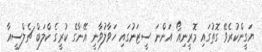
ޔަގީންކުރެވޭ ގޮތުގައި މޮރީނިއޯ އަންނަ ސީޒަނުގައި ހަވާލުވާނީ އޭނާގެ ކުރީގެ ކްލަބް ޗެލްސީއާ